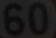
60)